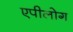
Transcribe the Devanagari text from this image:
एपीलोग